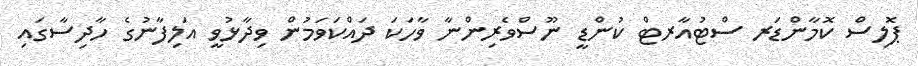
ޕޮލިސް ކޮމާންޑަރ ސްޓުއާރޓް ކުންޑީ ނޫސްވެރިންނާ ވާހަކަ ދައްކަވަމުން ވިދާޅުވީ އަލިފާނުގެ ހާދިސާގައި